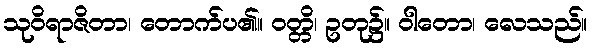
သုဝိရာဇိတာ၊ တောက်ပ၏။ ဝတ္တိ၊ ဥတု၌။ ဝါတော၊ လေသည်။